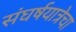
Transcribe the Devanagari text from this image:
संघर्षयात्रेचा